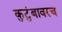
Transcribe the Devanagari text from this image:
कुटुंबावरच